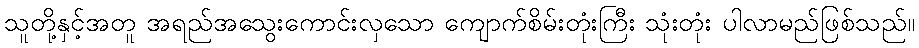
သူတို့နှင့်အတူ အရည်အသွေးကောင်းလှသော ကျောက်စိမ်းတုံးကြီး သုံးတုံး ပါလာမည်ဖြစ်သည်။